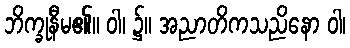
ဘိက္ခုနီမ၏။ ဝါ၊ ၌။ အညာတိကသညိနော ဝါ၊